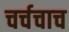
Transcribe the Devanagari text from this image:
चर्चचाच